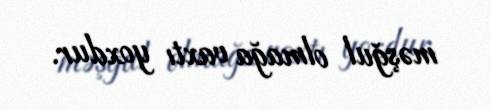
məşğul olmağa vaxtı yoxdur.